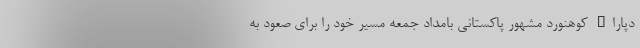
دپارا" کوهنورد مشهور پاکستانی بامداد جمعه مسیر خود را برای صعود به